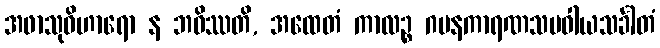
အဖာသုဝိဟာရော န ဘဝိဿတိ, အထေတံ ကာလဉ္စ ဂမနကာရဏသမဝါယသင်္ခါတံ